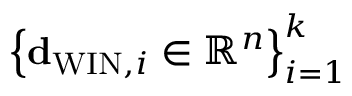
\left\{ { \bf d } _ { \mathrm { W I N } , i } \in \mathbb { R } ^ { n } \right\} _ { i = 1 } ^ { k }